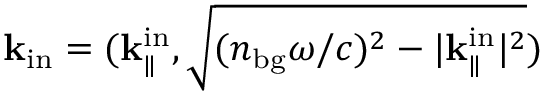
{ \bf k } _ { \mathrm { i n } } = ( { \bf k } _ { \parallel } ^ { \mathrm { i n } } , \sqrt { ( n _ { \mathrm { b g } } \omega / c ) ^ { 2 } - | { \bf k } _ { \parallel } ^ { \mathrm { i n } } | ^ { 2 } } )